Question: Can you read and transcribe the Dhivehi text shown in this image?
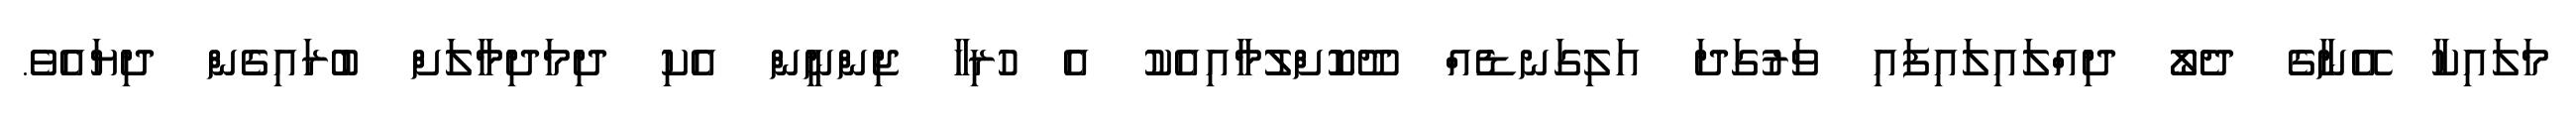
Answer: މަލައިކާ އޭނާގެ ދެލޯ ދިއްލައިލައިފައި ވަރުގަދަ އަލިގަނޑެއް ދޫކޮށްލުމާއިއެކު އެ ހުރިހާ ޖިންނީން އެކި ދިމަދިމާލަށް ބުރައިގެން ދިޔައެވެ.